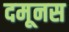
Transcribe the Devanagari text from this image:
दमूनस